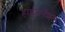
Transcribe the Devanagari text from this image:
हाईबर्नेशन